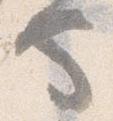
也